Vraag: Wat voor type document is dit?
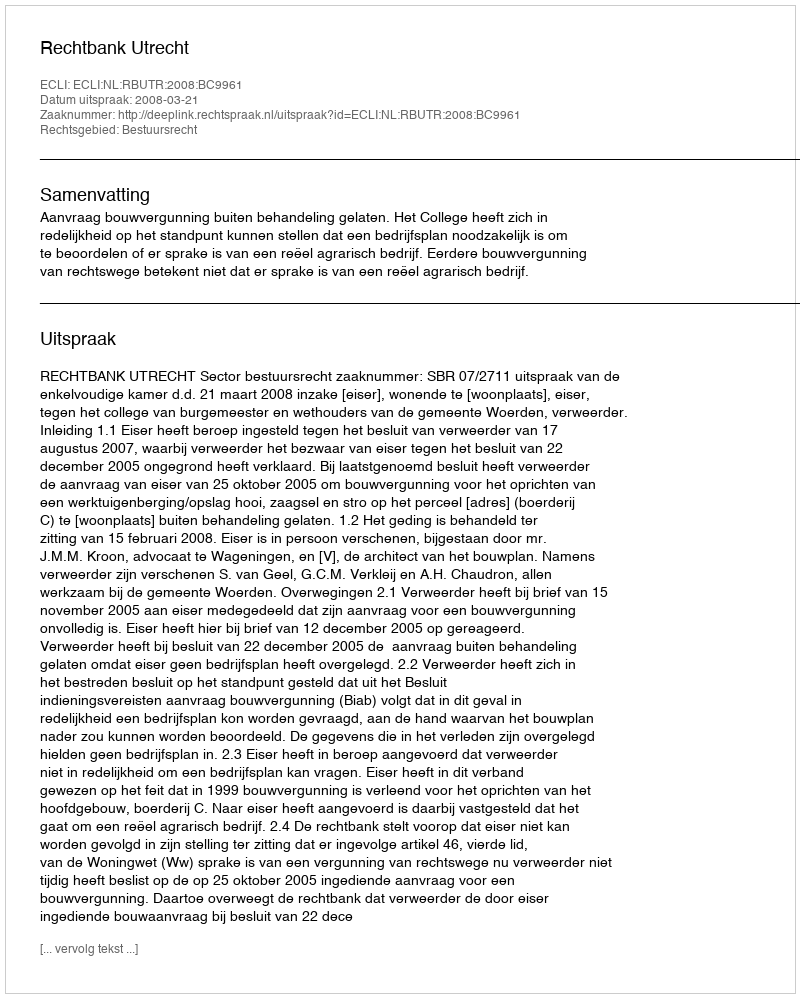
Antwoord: Uitspraak